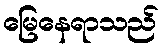
မြေနေရာသည်